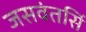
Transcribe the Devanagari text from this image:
जसवंतसिं